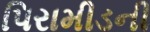
પિરામીડની